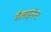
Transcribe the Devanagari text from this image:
मैलाइनेन्ट